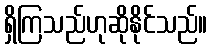
ရှိကြသည်ဟုဆိုနိုင်သည်။